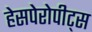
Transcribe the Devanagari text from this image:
हेसपेरोपीट्स